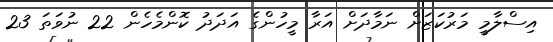
އިސްލާމީ މަރުކަޒަށް ނަމާދަށް އަރާ މީހުންގެ އަދަދު ކޮންމެހެން 22 ނުވަތަ 23